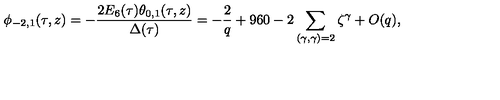
\phi _ { - 2 , 1 } ( \tau , z ) = - \frac { 2 E _ { 6 } ( \tau ) \theta _ { 0 , 1 } ( \tau , z ) } { \Delta ( \tau ) } = - \frac { 2 } { q } + 9 6 0 - 2 \sum _ { ( \gamma , \gamma ) = 2 } \zeta ^ { \gamma } + O ( q ) ,